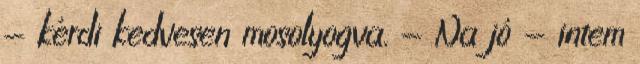
- kérdi kedvesen mosolyogva. - Na jó - intem